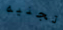
تجنيه